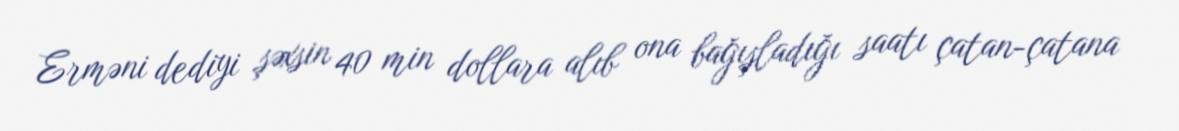
Erməni dediyi şəxsin 40 min dollara alıb ona bağışladığı saatı çatan-çatana